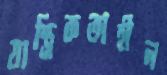
যান্ত্রিকতাহীন